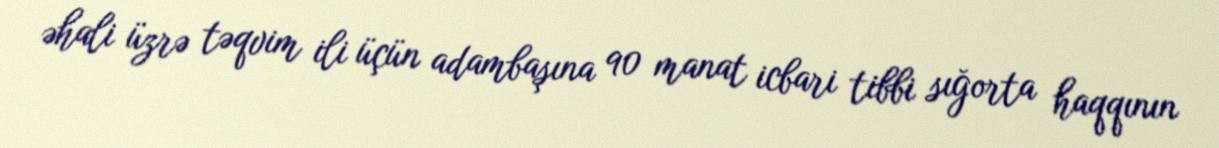
əhali üzrə təqvim ili üçün adambaşına 90 manat icbari tibbi sığorta haqqının